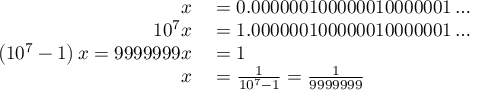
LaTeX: \begin{array} { r l } { x } & { { } = 0 . 0 0 0 0 0 0 1 0 0 0 0 0 0 1 0 0 0 0 0 0 1 \ldots } \\ { 1 0 ^ { 7 } x } & { { } = 1 . 0 0 0 0 0 0 1 0 0 0 0 0 0 1 0 0 0 0 0 0 1 \ldots } \\ { \left( 1 0 ^ { 7 } - 1 \right) x = 9 9 9 9 9 9 9 x } & { { } = 1 } \\ { x } & { { } = { \frac { 1 } { 1 0 ^ { 7 } - 1 } } = { \frac { 1 } { 9 9 9 9 9 9 9 } } } \end{array}